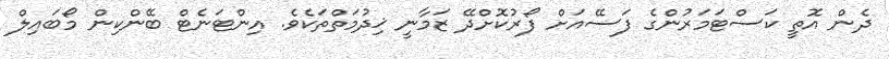
ދެން އޮތީ ކަސްޓަމަރުންގެ ފަސޭއަށް ފޯރުކޮށްދޭ ޒަމާނީ ޚިދުމަތްތަކެވެ. އިންޓަނެޓް ބޭންކިން މޯބައިލް